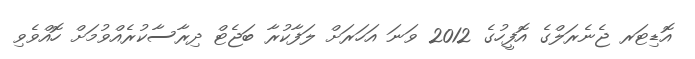
އޮޑިޓަރ ޖެނެރަލްގެ އޮފީހުގެ 2012 ވަނަ އަހަރަށް ލަފާކުރާ ބަޖެޓް ދިރާސާކުރެއްވުމަށް ހޮއްވެވި